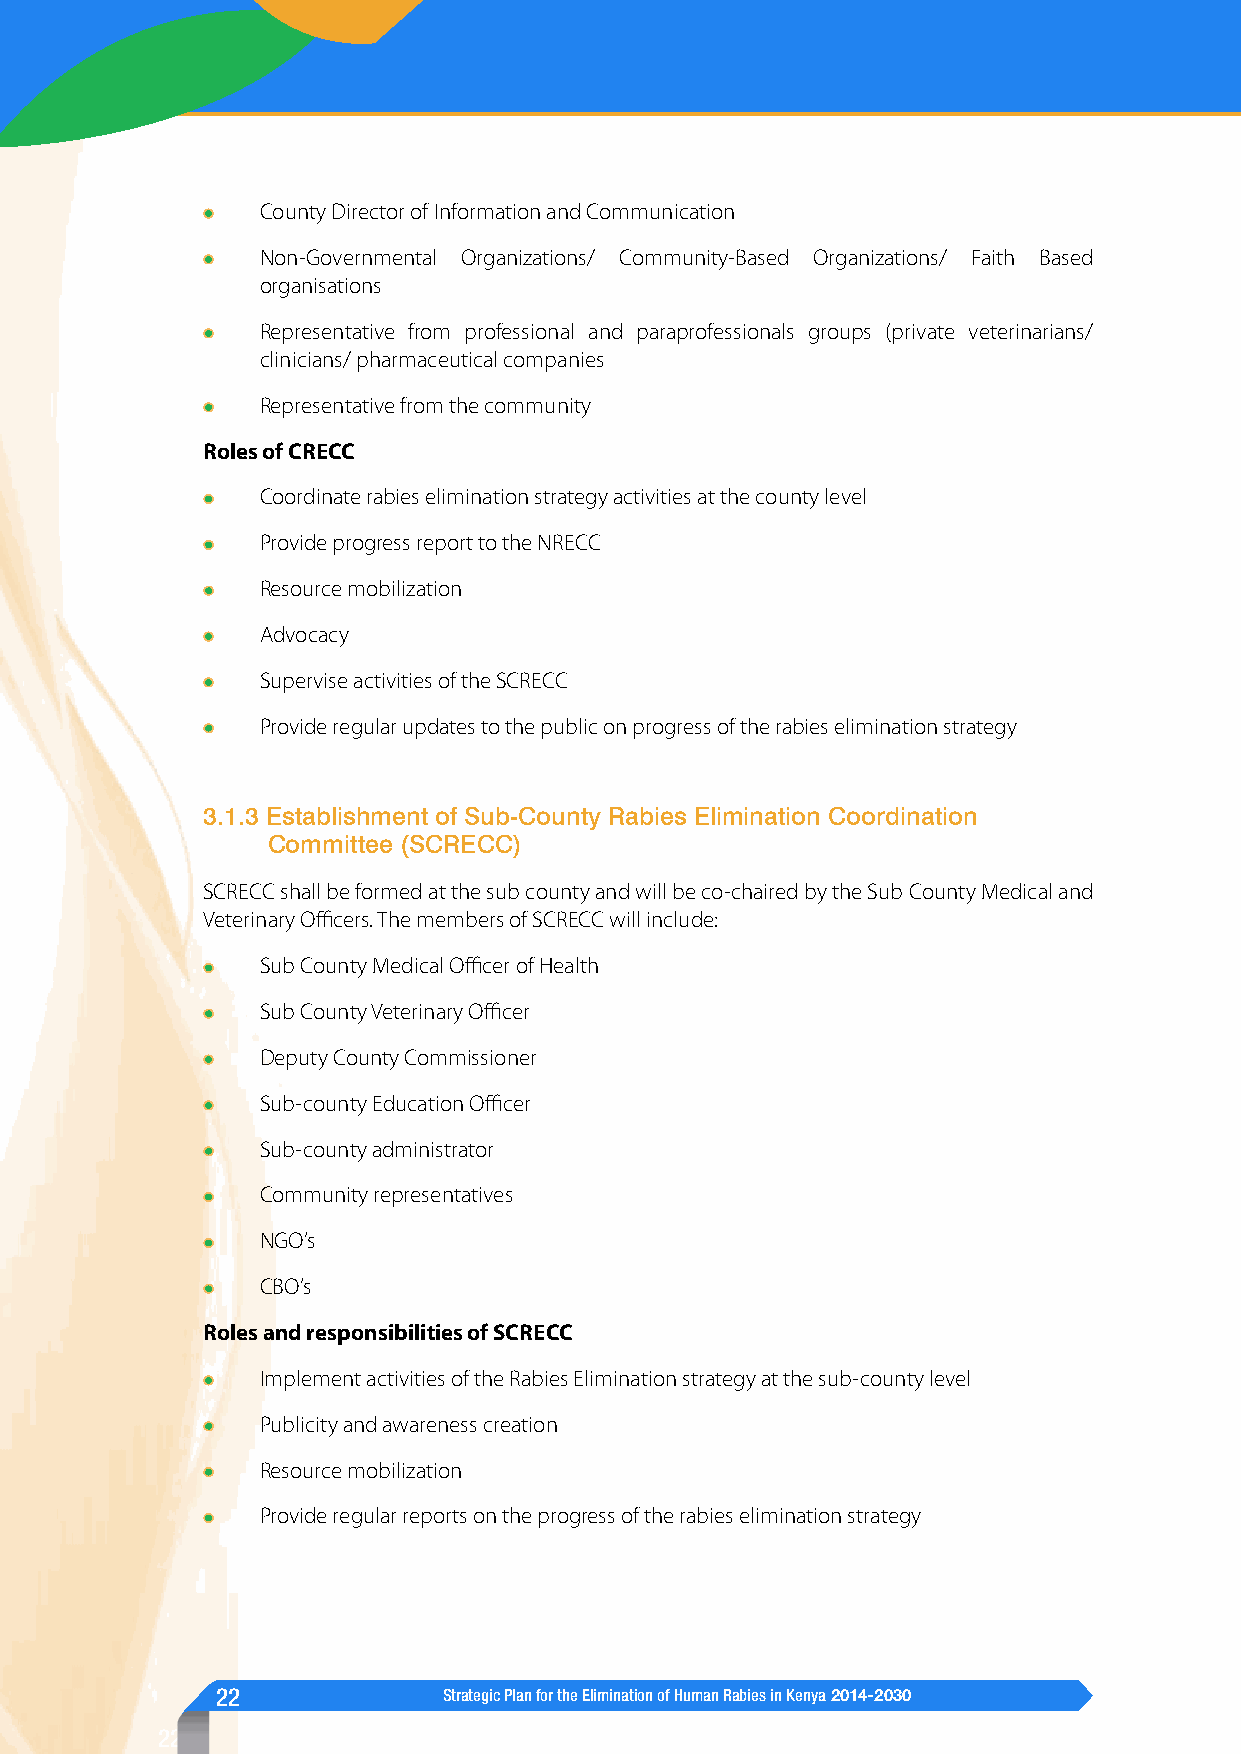
County Director of Information and Communication
 Non-Governmental Organizations/ Community-Based Organizations/ Faith Based
 organisations
 Representative from professional and paraprofessionals groups (private veterinarians/
 clinicians/ pharmaceutical companies
 Representative from the community
 Roles of CRECC
 Coordinate rabies elimination strategy activities at the county level
 Provide progress report to the NRECC
 Resource mobilization
 Advocacy
 Supervise activities of the SCRECC
 Provide regular updates to the public on progress of the rabies elimination strategy
 3.1.3 Establishment of Sub-County Rabies Elimination Coordination
 Committee (SCRECC)
 SCRECC shall be formed at the sub county and will be co-chaired by the Sub County Medical and
 Veterinary Officers. The members of SCRECC will include:
 Sub County Medical Officer of Health
 Sub County Veterinary Officer
 Deputy County Commissioner
 Sub-county Education Officer
 Sub-county administrator
 Community representatives
 NGO’s
 CBO’s
 Roles and responsibilities of SCRECC
 Implement activities of the Rabies Elimination strategy at the sub-county level
 Publicity and awareness creation
 Resource mobilization
 Provide regular reports on the progress of the rabies elimination strategy
 22             Strategic Plan for the Elimination of Human Rabies in Kenya 2014-2030
 22